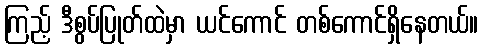
ကြည့် ဒီစွပ်ပြုတ်ထဲမှာ ယင်ကောင် တစ်ကောင်ရှိနေတယ်။